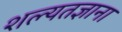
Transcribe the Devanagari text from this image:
शल्यतज्ञाना